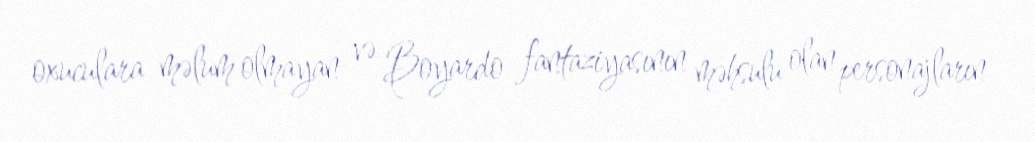
oxuculara məlum olmayan və Boyardo fantaziyasının məhsulu olan personajların